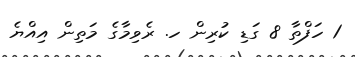
1 ހަފްތާ 8 ގަޑި ކުރިން ހ. ރެވިމާގެ މަތިން އިއްޔެ